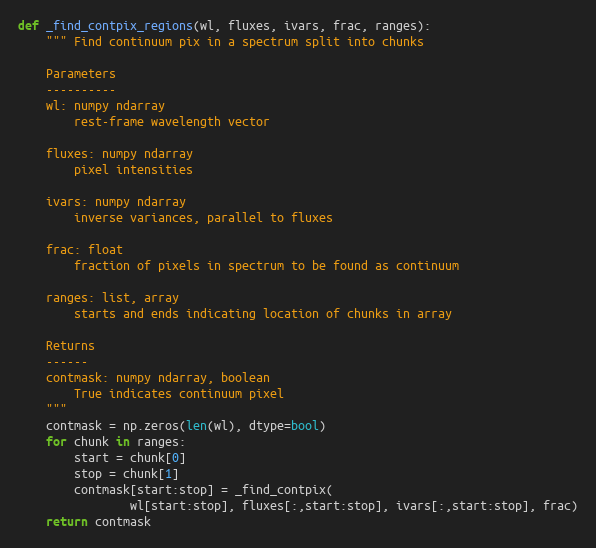
Language: Python
def _find_contpix_regions(wl, fluxes, ivars, frac, ranges):
    """ Find continuum pix in a spectrum split into chunks

    Parameters
    ----------
    wl: numpy ndarray
        rest-frame wavelength vector

    fluxes: numpy ndarray
        pixel intensities

    ivars: numpy ndarray
        inverse variances, parallel to fluxes

    frac: float
        fraction of pixels in spectrum to be found as continuum

    ranges: list, array
        starts and ends indicating location of chunks in array

    Returns
    ------
    contmask: numpy ndarray, boolean
        True indicates continuum pixel
    """
    contmask = np.zeros(len(wl), dtype=bool)
    for chunk in ranges:
        start = chunk[0]
        stop = chunk[1]
        contmask[start:stop] = _find_contpix(
                wl[start:stop], fluxes[:,start:stop], ivars[:,start:stop], frac)
    return contmask